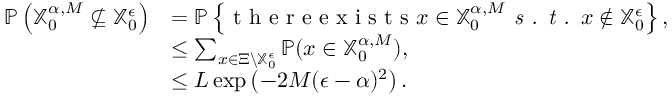
\begin{array} { r l } { \mathbb { P } \left( \mathbb { X } _ { 0 } ^ { \alpha , M } \not \subseteq \mathbb { X } _ { 0 } ^ { \epsilon } \right) } & { = \mathbb { P } \left\{ \textrm { t h e r e e x i s t s } x \in \mathbb { X } _ { 0 } ^ { \alpha , M } \textit { s . t . } x \not \in \mathbb { X } _ { 0 } ^ { \epsilon } \right\} , } \\ & { \leq \sum _ { x \in \Xi \backslash \mathbb { X } _ { 0 } ^ { \epsilon } } \mathbb { P } ( x \in \mathbb { X } _ { 0 } ^ { \alpha , M } ) , } \\ & { \leq L \exp \left( - 2 M ( \epsilon - \alpha ) ^ { 2 } \right) . } \end{array}